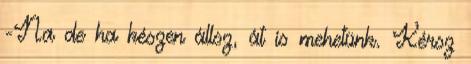
-Na de ha készen állsz, át is mehetünk. Kérsz